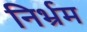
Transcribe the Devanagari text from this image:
निर्भ्रम